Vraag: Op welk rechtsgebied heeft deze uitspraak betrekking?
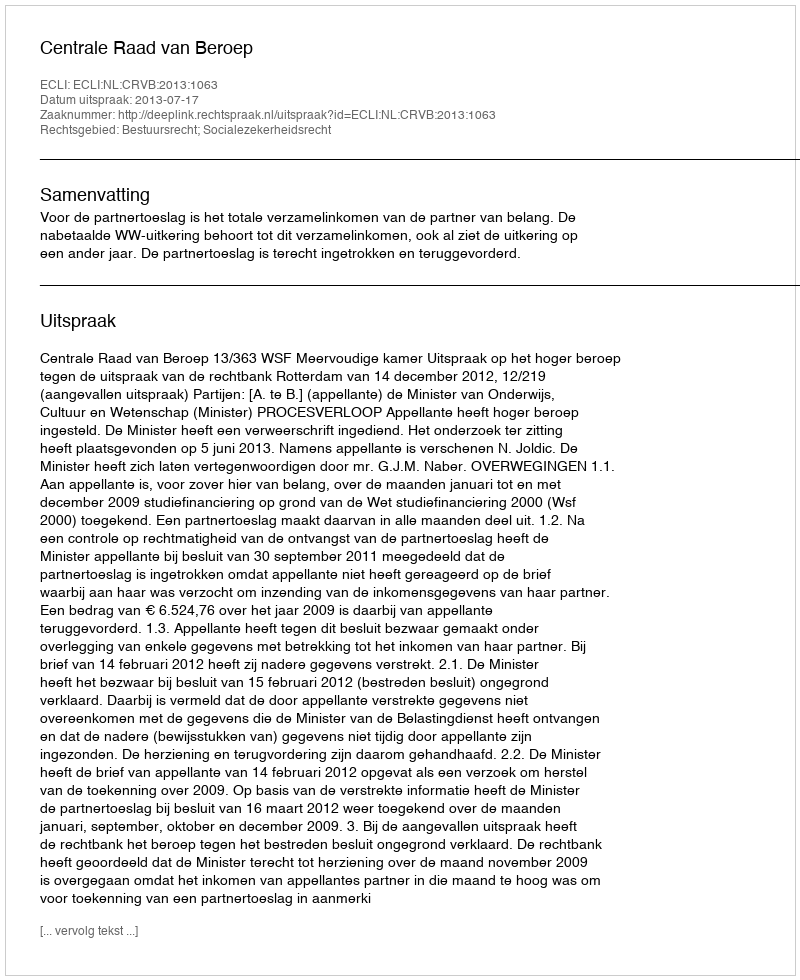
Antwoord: Bestuursrecht; Socialezekerheidsrecht